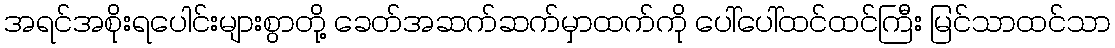
အရင်အစိုးရပေါင်းများစွာတို့ ခေတ်အဆက်ဆက်မှာထက်ကို ပေါ်ပေါ်ထင်ထင်ကြီး မြင်သာထင်သာ